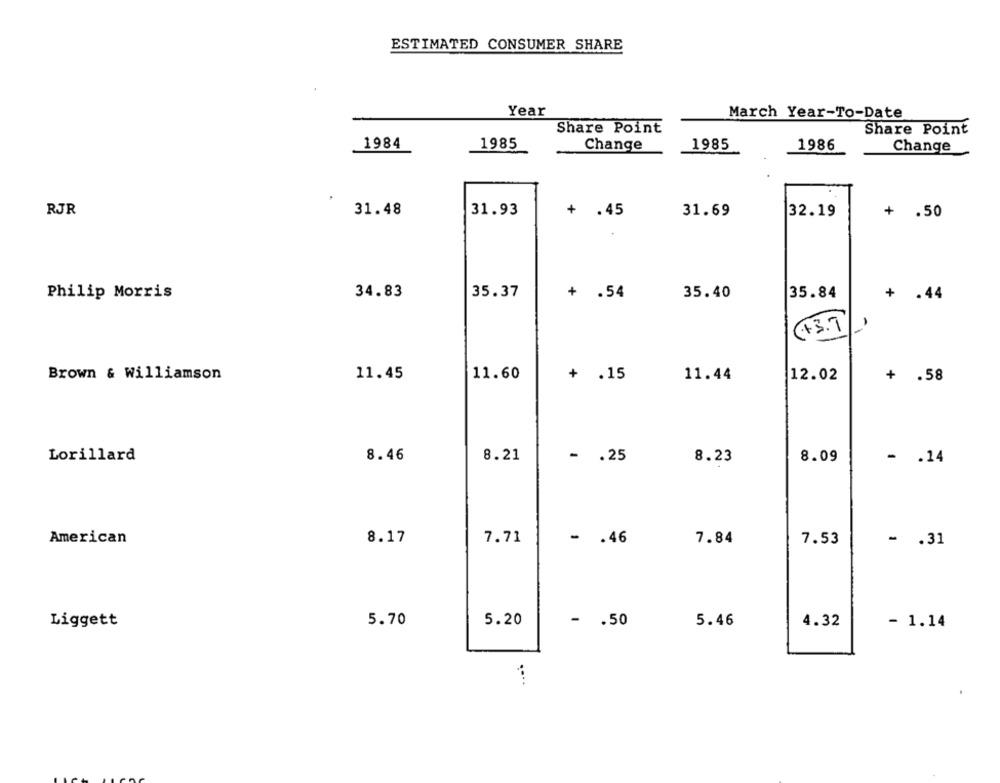
ESTIMATED CONSUMER SHARE
Year
March Year-To-Date
Share Point
Share Point
1984
1985
Change
1985
1986
Change
RJR
31.48
31.93
31.69
32.19
+ .45
+ .50
Philip Morris
34.83
35.37
+ .54
35.40
35.84
+
.44
(+3.7
Brown & Williamson
11.45
11.60
+ .15
11.44
12.02
+ .58
Lorillard
8.46
8.21
- . 25
8.23
8.09
- . 14
American
8.17
7.71
7.84
- . 46
7.53
- . 31
Liggett
5.70
5.20
- . 50
5.46
4.32
- 1.14
....